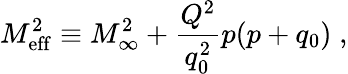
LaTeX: M_{\mathrm{eff}}^{2}\equiv M_{\infty}^{2}+{\frac{Q^{2}}{q_{0}^{2}}}p(p+q_{0})\; ,